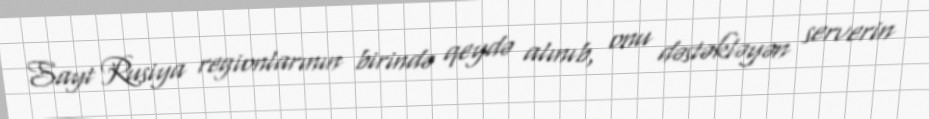
Sayt Rusiya regionlarının birində qeydə alınıb, onu dəstəkləyən serverin